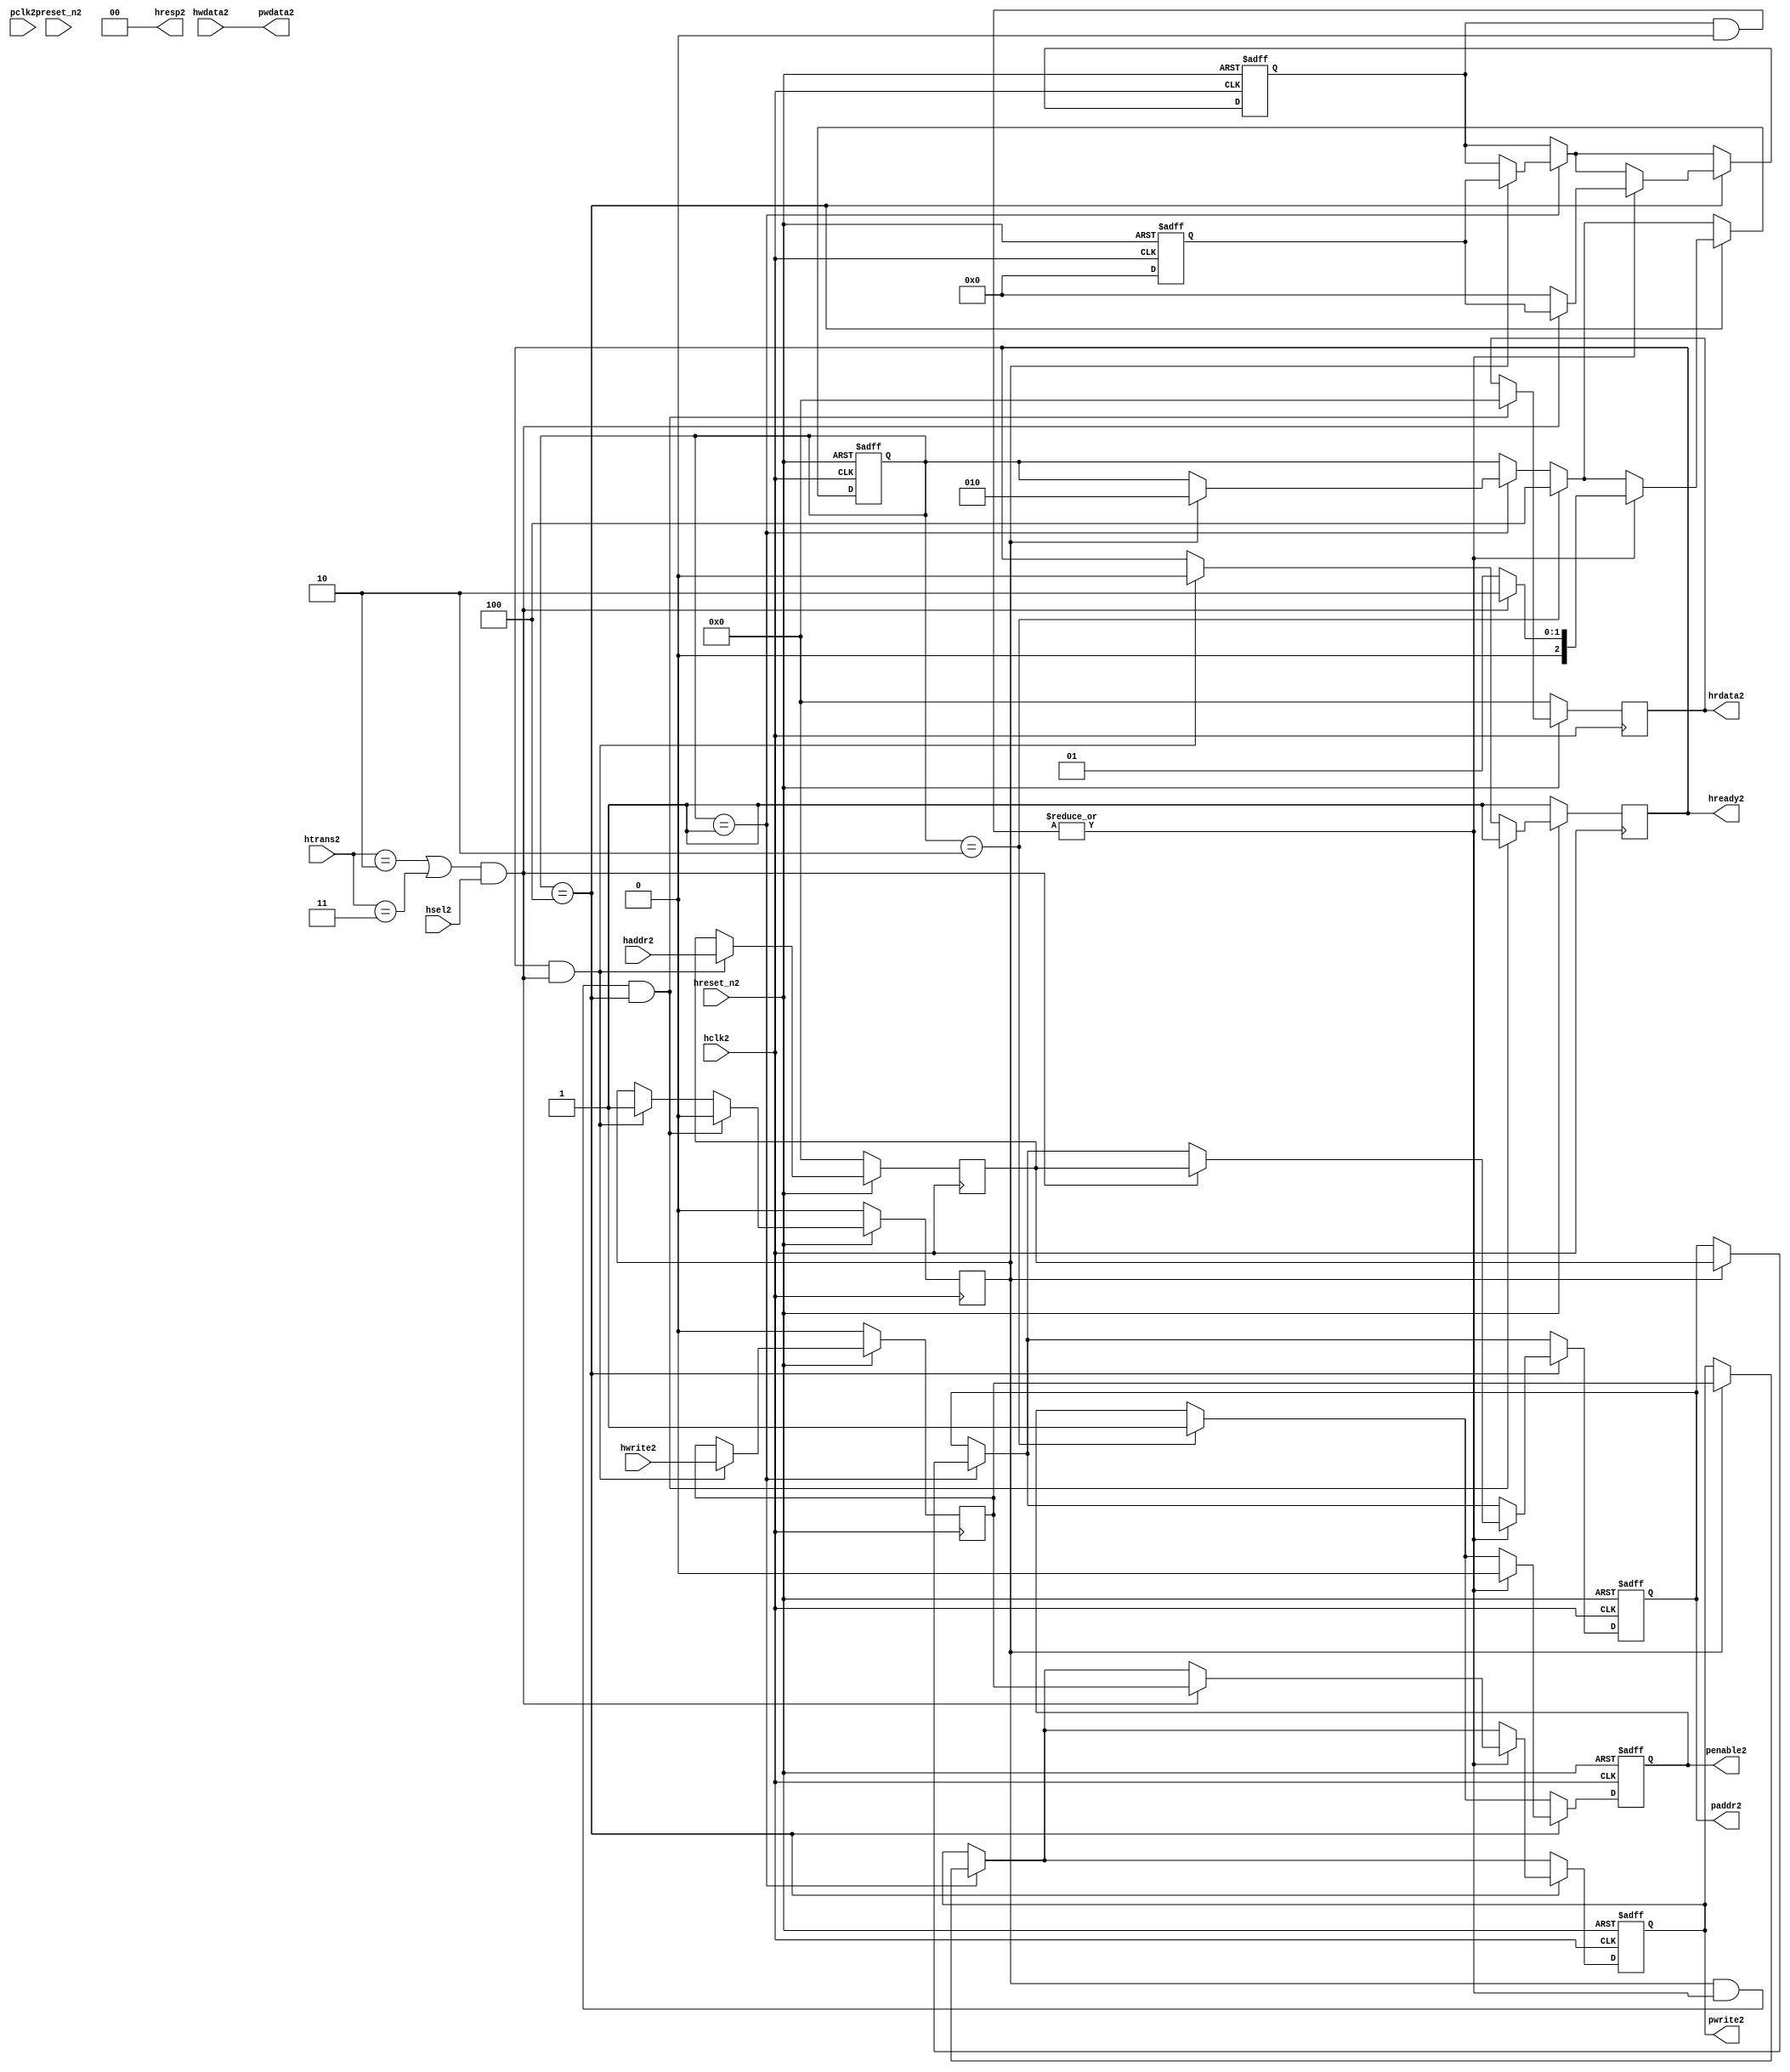
module ahb2apb2
(
  // AHB2 signals2
  hclk2,
  hreset_n2,
  hsel2,
  haddr2,
  htrans2,
  hwdata2,
  hwrite2,
  hrdata2,
  hready2,
  hresp2,
  
  // APB2 signals2 common to all APB2 slaves2
  pclk2,
  preset_n2,
  paddr2,
  penable2,
  pwrite2,
  pwdata2
  
  // Slave2 0 signals2
  `ifdef APB_SLAVE02
  ,psel02
  ,pready02
  ,prdata02
  `endif
  
  // Slave2 1 signals2
  `ifdef APB_SLAVE12
  ,psel12
  ,pready12
  ,prdata12
  `endif
  
  // Slave2 2 signals2
  `ifdef APB_SLAVE22
  ,psel22
  ,pready22
  ,prdata22
  `endif
  
  // Slave2 3 signals2
  `ifdef APB_SLAVE32
  ,psel32
  ,pready32
  ,prdata32
  `endif
  
  // Slave2 4 signals2
  `ifdef APB_SLAVE42
  ,psel42
  ,pready42
  ,prdata42
  `endif
  
  // Slave2 5 signals2
  `ifdef APB_SLAVE52
  ,psel52
  ,pready52
  ,prdata52
  `endif
  
  // Slave2 6 signals2
  `ifdef APB_SLAVE62
  ,psel62
  ,pready62
  ,prdata62
  `endif
  
  // Slave2 7 signals2
  `ifdef APB_SLAVE72
  ,psel72
  ,pready72
  ,prdata72
  `endif
  
  // Slave2 8 signals2
  `ifdef APB_SLAVE82
  ,psel82
  ,pready82
  ,prdata82
  `endif
  
  // Slave2 9 signals2
  `ifdef APB_SLAVE92
  ,psel92
  ,pready92
  ,prdata92
  `endif
  
  // Slave2 10 signals2
  `ifdef APB_SLAVE102
  ,psel102
  ,pready102
  ,prdata102
  `endif
  
  // Slave2 11 signals2
  `ifdef APB_SLAVE112
  ,psel112
  ,pready112
  ,prdata112
  `endif
  
  // Slave2 12 signals2
  `ifdef APB_SLAVE122
  ,psel122
  ,pready122
  ,prdata122
  `endif
  
  // Slave2 13 signals2
  `ifdef APB_SLAVE132
  ,psel132
  ,pready132
  ,prdata132
  `endif
  
  // Slave2 14 signals2
  `ifdef APB_SLAVE142
  ,psel142
  ,pready142
  ,prdata142
  `endif
  
  // Slave2 15 signals2
  `ifdef APB_SLAVE152
  ,psel152
  ,pready152
  ,prdata152
  `endif
  
);

parameter 
  APB_SLAVE0_START_ADDR2  = 32'h00000000,
  APB_SLAVE0_END_ADDR2    = 32'h00000000,
  APB_SLAVE1_START_ADDR2  = 32'h00000000,
  APB_SLAVE1_END_ADDR2    = 32'h00000000,
  APB_SLAVE2_START_ADDR2  = 32'h00000000,
  APB_SLAVE2_END_ADDR2    = 32'h00000000,
  APB_SLAVE3_START_ADDR2  = 32'h00000000,
  APB_SLAVE3_END_ADDR2    = 32'h00000000,
  APB_SLAVE4_START_ADDR2  = 32'h00000000,
  APB_SLAVE4_END_ADDR2    = 32'h00000000,
  APB_SLAVE5_START_ADDR2  = 32'h00000000,
  APB_SLAVE5_END_ADDR2    = 32'h00000000,
  APB_SLAVE6_START_ADDR2  = 32'h00000000,
  APB_SLAVE6_END_ADDR2    = 32'h00000000,
  APB_SLAVE7_START_ADDR2  = 32'h00000000,
  APB_SLAVE7_END_ADDR2    = 32'h00000000,
  APB_SLAVE8_START_ADDR2  = 32'h00000000,
  APB_SLAVE8_END_ADDR2    = 32'h00000000,
  APB_SLAVE9_START_ADDR2  = 32'h00000000,
  APB_SLAVE9_END_ADDR2    = 32'h00000000,
  APB_SLAVE10_START_ADDR2  = 32'h00000000,
  APB_SLAVE10_END_ADDR2    = 32'h00000000,
  APB_SLAVE11_START_ADDR2  = 32'h00000000,
  APB_SLAVE11_END_ADDR2    = 32'h00000000,
  APB_SLAVE12_START_ADDR2  = 32'h00000000,
  APB_SLAVE12_END_ADDR2    = 32'h00000000,
  APB_SLAVE13_START_ADDR2  = 32'h00000000,
  APB_SLAVE13_END_ADDR2    = 32'h00000000,
  APB_SLAVE14_START_ADDR2  = 32'h00000000,
  APB_SLAVE14_END_ADDR2    = 32'h00000000,
  APB_SLAVE15_START_ADDR2  = 32'h00000000,
  APB_SLAVE15_END_ADDR2    = 32'h00000000;

  // AHB2 signals2
input        hclk2;
input        hreset_n2;
input        hsel2;
input[31:0]  haddr2;
input[1:0]   htrans2;
input[31:0]  hwdata2;
input        hwrite2;
output[31:0] hrdata2;
reg   [31:0] hrdata2;
output       hready2;
output[1:0]  hresp2;
  
  // APB2 signals2 common to all APB2 slaves2
input       pclk2;
input       preset_n2;
output[31:0] paddr2;
reg   [31:0] paddr2;
output       penable2;
reg          penable2;
output       pwrite2;
reg          pwrite2;
output[31:0] pwdata2;
  
  // Slave2 0 signals2
`ifdef APB_SLAVE02
  output      psel02;
  input       pready02;
  input[31:0] prdata02;
`endif
  
  // Slave2 1 signals2
`ifdef APB_SLAVE12
  output      psel12;
  input       pready12;
  input[31:0] prdata12;
`endif
  
  // Slave2 2 signals2
`ifdef APB_SLAVE22
  output      psel22;
  input       pready22;
  input[31:0] prdata22;
`endif
  
  // Slave2 3 signals2
`ifdef APB_SLAVE32
  output      psel32;
  input       pready32;
  input[31:0] prdata32;
`endif
  
  // Slave2 4 signals2
`ifdef APB_SLAVE42
  output      psel42;
  input       pready42;
  input[31:0] prdata42;
`endif
  
  // Slave2 5 signals2
`ifdef APB_SLAVE52
  output      psel52;
  input       pready52;
  input[31:0] prdata52;
`endif
  
  // Slave2 6 signals2
`ifdef APB_SLAVE62
  output      psel62;
  input       pready62;
  input[31:0] prdata62;
`endif
  
  // Slave2 7 signals2
`ifdef APB_SLAVE72
  output      psel72;
  input       pready72;
  input[31:0] prdata72;
`endif
  
  // Slave2 8 signals2
`ifdef APB_SLAVE82
  output      psel82;
  input       pready82;
  input[31:0] prdata82;
`endif
  
  // Slave2 9 signals2
`ifdef APB_SLAVE92
  output      psel92;
  input       pready92;
  input[31:0] prdata92;
`endif
  
  // Slave2 10 signals2
`ifdef APB_SLAVE102
  output      psel102;
  input       pready102;
  input[31:0] prdata102;
`endif
  
  // Slave2 11 signals2
`ifdef APB_SLAVE112
  output      psel112;
  input       pready112;
  input[31:0] prdata112;
`endif
  
  // Slave2 12 signals2
`ifdef APB_SLAVE122
  output      psel122;
  input       pready122;
  input[31:0] prdata122;
`endif
  
  // Slave2 13 signals2
`ifdef APB_SLAVE132
  output      psel132;
  input       pready132;
  input[31:0] prdata132;
`endif
  
  // Slave2 14 signals2
`ifdef APB_SLAVE142
  output      psel142;
  input       pready142;
  input[31:0] prdata142;
`endif
  
  // Slave2 15 signals2
`ifdef APB_SLAVE152
  output      psel152;
  input       pready152;
  input[31:0] prdata152;
`endif
 
reg         ahb_addr_phase2;
reg         ahb_data_phase2;
wire        valid_ahb_trans2;
wire        pready_muxed2;
wire [31:0] prdata_muxed2;
reg  [31:0] haddr_reg2;
reg         hwrite_reg2;
reg  [2:0]  apb_state2;
wire [2:0]  apb_state_idle2;
wire [2:0]  apb_state_setup2;
wire [2:0]  apb_state_access2;
reg  [15:0] slave_select2;
wire [15:0] pready_vector2;
reg  [15:0] psel_vector2;
wire [31:0] prdata0_q2;
wire [31:0] prdata1_q2;
wire [31:0] prdata2_q2;
wire [31:0] prdata3_q2;
wire [31:0] prdata4_q2;
wire [31:0] prdata5_q2;
wire [31:0] prdata6_q2;
wire [31:0] prdata7_q2;
wire [31:0] prdata8_q2;
wire [31:0] prdata9_q2;
wire [31:0] prdata10_q2;
wire [31:0] prdata11_q2;
wire [31:0] prdata12_q2;
wire [31:0] prdata13_q2;
wire [31:0] prdata14_q2;
wire [31:0] prdata15_q2;

// assign pclk2     = hclk2;
// assign preset_n2 = hreset_n2;
assign hready2   = ahb_addr_phase2;
assign pwdata2   = hwdata2;
assign hresp2  = 2'b00;

// Respond2 to NONSEQ2 or SEQ transfers2
assign valid_ahb_trans2 = ((htrans2 == 2'b10) || (htrans2 == 2'b11)) && (hsel2 == 1'b1);

always @(posedge hclk2) begin
  if (hreset_n2 == 1'b0) begin
    ahb_addr_phase2 <= 1'b1;
    ahb_data_phase2 <= 1'b0;
    haddr_reg2      <= 'b0;
    hwrite_reg2     <= 1'b0;
    hrdata2         <= 'b0;
  end
  else begin
    if (ahb_addr_phase2 == 1'b1 && valid_ahb_trans2 == 1'b1) begin
      ahb_addr_phase2 <= 1'b0;
      ahb_data_phase2 <= 1'b1;
      haddr_reg2      <= haddr2;
      hwrite_reg2     <= hwrite2;
    end
    if (ahb_data_phase2 == 1'b1 && pready_muxed2 == 1'b1 && apb_state2 == apb_state_access2) begin
      ahb_addr_phase2 <= 1'b1;
      ahb_data_phase2 <= 1'b0;
      hrdata2         <= prdata_muxed2;
    end
  end
end

// APB2 state machine2 state definitions2
assign apb_state_idle2   = 3'b001;
assign apb_state_setup2  = 3'b010;
assign apb_state_access2 = 3'b100;

// APB2 state machine2
always @(posedge hclk2 or negedge hreset_n2) begin
  if (hreset_n2 == 1'b0) begin
    apb_state2   <= apb_state_idle2;
    psel_vector2 <= 1'b0;
    penable2     <= 1'b0;
    paddr2       <= 1'b0;
    pwrite2      <= 1'b0;
  end  
  else begin
    
    // IDLE2 -> SETUP2
    if (apb_state2 == apb_state_idle2) begin
      if (ahb_data_phase2 == 1'b1) begin
        apb_state2   <= apb_state_setup2;
        psel_vector2 <= slave_select2;
        paddr2       <= haddr_reg2;
        pwrite2      <= hwrite_reg2;
      end  
    end
    
    // SETUP2 -> TRANSFER2
    if (apb_state2 == apb_state_setup2) begin
      apb_state2 <= apb_state_access2;
      penable2   <= 1'b1;
    end
    
    // TRANSFER2 -> SETUP2 or
    // TRANSFER2 -> IDLE2
    if (apb_state2 == apb_state_access2) begin
      if (pready_muxed2 == 1'b1) begin
      
        // TRANSFER2 -> SETUP2
        if (valid_ahb_trans2 == 1'b1) begin
          apb_state2   <= apb_state_setup2;
          penable2     <= 1'b0;
          psel_vector2 <= slave_select2;
          paddr2       <= haddr_reg2;
          pwrite2      <= hwrite_reg2;
        end  
        
        // TRANSFER2 -> IDLE2
        else begin
          apb_state2   <= apb_state_idle2;      
          penable2     <= 1'b0;
          psel_vector2 <= 'b0;
        end  
      end
    end
    
  end
end

always @(posedge hclk2 or negedge hreset_n2) begin
  if (hreset_n2 == 1'b0)
    slave_select2 <= 'b0;
  else begin  
  `ifdef APB_SLAVE02
     slave_select2[0]   <= valid_ahb_trans2 && (haddr2 >= APB_SLAVE0_START_ADDR2)  && (haddr2 <= APB_SLAVE0_END_ADDR2);
   `else
     slave_select2[0]   <= 1'b0;
   `endif
   
   `ifdef APB_SLAVE12
     slave_select2[1]   <= valid_ahb_trans2 && (haddr2 >= APB_SLAVE1_START_ADDR2)  && (haddr2 <= APB_SLAVE1_END_ADDR2);
   `else
     slave_select2[1]   <= 1'b0;
   `endif  
     
   `ifdef APB_SLAVE22  
     slave_select2[2]   <= valid_ahb_trans2 && (haddr2 >= APB_SLAVE2_START_ADDR2)  && (haddr2 <= APB_SLAVE2_END_ADDR2);
   `else
     slave_select2[2]   <= 1'b0;
   `endif  
     
   `ifdef APB_SLAVE32  
     slave_select2[3]   <= valid_ahb_trans2 && (haddr2 >= APB_SLAVE3_START_ADDR2)  && (haddr2 <= APB_SLAVE3_END_ADDR2);
   `else
     slave_select2[3]   <= 1'b0;
   `endif  
     
   `ifdef APB_SLAVE42  
     slave_select2[4]   <= valid_ahb_trans2 && (haddr2 >= APB_SLAVE4_START_ADDR2)  && (haddr2 <= APB_SLAVE4_END_ADDR2);
   `else
     slave_select2[4]   <= 1'b0;
   `endif  
     
   `ifdef APB_SLAVE52  
     slave_select2[5]   <= valid_ahb_trans2 && (haddr2 >= APB_SLAVE5_START_ADDR2)  && (haddr2 <= APB_SLAVE5_END_ADDR2);
   `else
     slave_select2[5]   <= 1'b0;
   `endif  
     
   `ifdef APB_SLAVE62  
     slave_select2[6]   <= valid_ahb_trans2 && (haddr2 >= APB_SLAVE6_START_ADDR2)  && (haddr2 <= APB_SLAVE6_END_ADDR2);
   `else
     slave_select2[6]   <= 1'b0;
   `endif  
     
   `ifdef APB_SLAVE72  
     slave_select2[7]   <= valid_ahb_trans2 && (haddr2 >= APB_SLAVE7_START_ADDR2)  && (haddr2 <= APB_SLAVE7_END_ADDR2);
   `else
     slave_select2[7]   <= 1'b0;
   `endif  
     
   `ifdef APB_SLAVE82  
     slave_select2[8]   <= valid_ahb_trans2 && (haddr2 >= APB_SLAVE8_START_ADDR2)  && (haddr2 <= APB_SLAVE8_END_ADDR2);
   `else
     slave_select2[8]   <= 1'b0;
   `endif  
     
   `ifdef APB_SLAVE92  
     slave_select2[9]   <= valid_ahb_trans2 && (haddr2 >= APB_SLAVE9_START_ADDR2)  && (haddr2 <= APB_SLAVE9_END_ADDR2);
   `else
     slave_select2[9]   <= 1'b0;
   `endif  
     
   `ifdef APB_SLAVE102  
     slave_select2[10]  <= valid_ahb_trans2 && (haddr2 >= APB_SLAVE10_START_ADDR2) && (haddr2 <= APB_SLAVE10_END_ADDR2);
   `else
     slave_select2[10]   <= 1'b0;
   `endif  
     
   `ifdef APB_SLAVE112  
     slave_select2[11]  <= valid_ahb_trans2 && (haddr2 >= APB_SLAVE11_START_ADDR2) && (haddr2 <= APB_SLAVE11_END_ADDR2);
   `else
     slave_select2[11]   <= 1'b0;
   `endif  
     
   `ifdef APB_SLAVE122  
     slave_select2[12]  <= valid_ahb_trans2 && (haddr2 >= APB_SLAVE12_START_ADDR2) && (haddr2 <= APB_SLAVE12_END_ADDR2);
   `else
     slave_select2[12]   <= 1'b0;
   `endif  
     
   `ifdef APB_SLAVE132  
     slave_select2[13]  <= valid_ahb_trans2 && (haddr2 >= APB_SLAVE13_START_ADDR2) && (haddr2 <= APB_SLAVE13_END_ADDR2);
   `else
     slave_select2[13]   <= 1'b0;
   `endif  
     
   `ifdef APB_SLAVE142  
     slave_select2[14]  <= valid_ahb_trans2 && (haddr2 >= APB_SLAVE14_START_ADDR2) && (haddr2 <= APB_SLAVE14_END_ADDR2);
   `else
     slave_select2[14]   <= 1'b0;
   `endif  
     
   `ifdef APB_SLAVE152  
     slave_select2[15]  <= valid_ahb_trans2 && (haddr2 >= APB_SLAVE15_START_ADDR2) && (haddr2 <= APB_SLAVE15_END_ADDR2);
   `else
     slave_select2[15]   <= 1'b0;
   `endif  
  end
end

assign pready_muxed2 = |(psel_vector2 & pready_vector2);
assign prdata_muxed2 = prdata0_q2  | prdata1_q2  | prdata2_q2  | prdata3_q2  |
                      prdata4_q2  | prdata5_q2  | prdata6_q2  | prdata7_q2  |
                      prdata8_q2  | prdata9_q2  | prdata10_q2 | prdata11_q2 |
                      prdata12_q2 | prdata13_q2 | prdata14_q2 | prdata15_q2 ;

`ifdef APB_SLAVE02
  assign psel02            = psel_vector2[0];
  assign pready_vector2[0] = pready02;
  assign prdata0_q2        = (psel02 == 1'b1) ? prdata02 : 'b0;
`else
  assign pready_vector2[0] = 1'b0;
  assign prdata0_q2        = 'b0;
`endif

`ifdef APB_SLAVE12
  assign psel12            = psel_vector2[1];
  assign pready_vector2[1] = pready12;
  assign prdata1_q2        = (psel12 == 1'b1) ? prdata12 : 'b0;
`else
  assign pready_vector2[1] = 1'b0;
  assign prdata1_q2        = 'b0;
`endif

`ifdef APB_SLAVE22
  assign psel22            = psel_vector2[2];
  assign pready_vector2[2] = pready22;
  assign prdata2_q2        = (psel22 == 1'b1) ? prdata22 : 'b0;
`else
  assign pready_vector2[2] = 1'b0;
  assign prdata2_q2        = 'b0;
`endif

`ifdef APB_SLAVE32
  assign psel32            = psel_vector2[3];
  assign pready_vector2[3] = pready32;
  assign prdata3_q2        = (psel32 == 1'b1) ? prdata32 : 'b0;
`else
  assign pready_vector2[3] = 1'b0;
  assign prdata3_q2        = 'b0;
`endif

`ifdef APB_SLAVE42
  assign psel42            = psel_vector2[4];
  assign pready_vector2[4] = pready42;
  assign prdata4_q2        = (psel42 == 1'b1) ? prdata42 : 'b0;
`else
  assign pready_vector2[4] = 1'b0;
  assign prdata4_q2        = 'b0;
`endif

`ifdef APB_SLAVE52
  assign psel52            = psel_vector2[5];
  assign pready_vector2[5] = pready52;
  assign prdata5_q2        = (psel52 == 1'b1) ? prdata52 : 'b0;
`else
  assign pready_vector2[5] = 1'b0;
  assign prdata5_q2        = 'b0;
`endif

`ifdef APB_SLAVE62
  assign psel62            = psel_vector2[6];
  assign pready_vector2[6] = pready62;
  assign prdata6_q2        = (psel62 == 1'b1) ? prdata62 : 'b0;
`else
  assign pready_vector2[6] = 1'b0;
  assign prdata6_q2        = 'b0;
`endif

`ifdef APB_SLAVE72
  assign psel72            = psel_vector2[7];
  assign pready_vector2[7] = pready72;
  assign prdata7_q2        = (psel72 == 1'b1) ? prdata72 : 'b0;
`else
  assign pready_vector2[7] = 1'b0;
  assign prdata7_q2        = 'b0;
`endif

`ifdef APB_SLAVE82
  assign psel82            = psel_vector2[8];
  assign pready_vector2[8] = pready82;
  assign prdata8_q2        = (psel82 == 1'b1) ? prdata82 : 'b0;
`else
  assign pready_vector2[8] = 1'b0;
  assign prdata8_q2        = 'b0;
`endif

`ifdef APB_SLAVE92
  assign psel92            = psel_vector2[9];
  assign pready_vector2[9] = pready92;
  assign prdata9_q2        = (psel92 == 1'b1) ? prdata92 : 'b0;
`else
  assign pready_vector2[9] = 1'b0;
  assign prdata9_q2        = 'b0;
`endif

`ifdef APB_SLAVE102
  assign psel102            = psel_vector2[10];
  assign pready_vector2[10] = pready102;
  assign prdata10_q2        = (psel102 == 1'b1) ? prdata102 : 'b0;
`else
  assign pready_vector2[10] = 1'b0;
  assign prdata10_q2        = 'b0;
`endif

`ifdef APB_SLAVE112
  assign psel112            = psel_vector2[11];
  assign pready_vector2[11] = pready112;
  assign prdata11_q2        = (psel112 == 1'b1) ? prdata112 : 'b0;
`else
  assign pready_vector2[11] = 1'b0;
  assign prdata11_q2        = 'b0;
`endif

`ifdef APB_SLAVE122
  assign psel122            = psel_vector2[12];
  assign pready_vector2[12] = pready122;
  assign prdata12_q2        = (psel122 == 1'b1) ? prdata122 : 'b0;
`else
  assign pready_vector2[12] = 1'b0;
  assign prdata12_q2        = 'b0;
`endif

`ifdef APB_SLAVE132
  assign psel132            = psel_vector2[13];
  assign pready_vector2[13] = pready132;
  assign prdata13_q2        = (psel132 == 1'b1) ? prdata132 : 'b0;
`else
  assign pready_vector2[13] = 1'b0;
  assign prdata13_q2        = 'b0;
`endif

`ifdef APB_SLAVE142
  assign psel142            = psel_vector2[14];
  assign pready_vector2[14] = pready142;
  assign prdata14_q2        = (psel142 == 1'b1) ? prdata142 : 'b0;
`else
  assign pready_vector2[14] = 1'b0;
  assign prdata14_q2        = 'b0;
`endif

`ifdef APB_SLAVE152
  assign psel152            = psel_vector2[15];
  assign pready_vector2[15] = pready152;
  assign prdata15_q2        = (psel152 == 1'b1) ? prdata152 : 'b0;
`else
  assign pready_vector2[15] = 1'b0;
  assign prdata15_q2        = 'b0;
`endif

endmodule